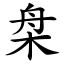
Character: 㭧